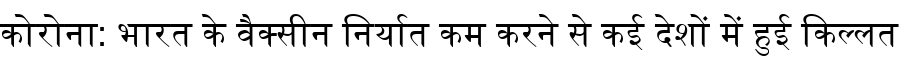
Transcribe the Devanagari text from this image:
कोरोना: भारत के वैक्सीन निर्यात कम करने से कई देशों में हुई किल्लत